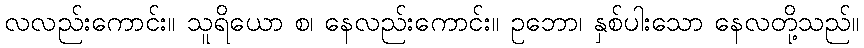
လလည်းကောင်း။ သူရိယော စ၊ နေလည်းကောင်း။ ဥဘော၊ နှစ်ပါးသော နေလတို့သည်။